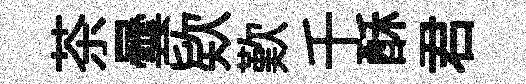
茶曇欵歎千酥君